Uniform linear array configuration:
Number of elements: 48
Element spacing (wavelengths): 1
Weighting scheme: exponential
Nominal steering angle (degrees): -60
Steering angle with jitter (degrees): -59.516
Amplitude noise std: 0.05
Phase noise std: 0.05

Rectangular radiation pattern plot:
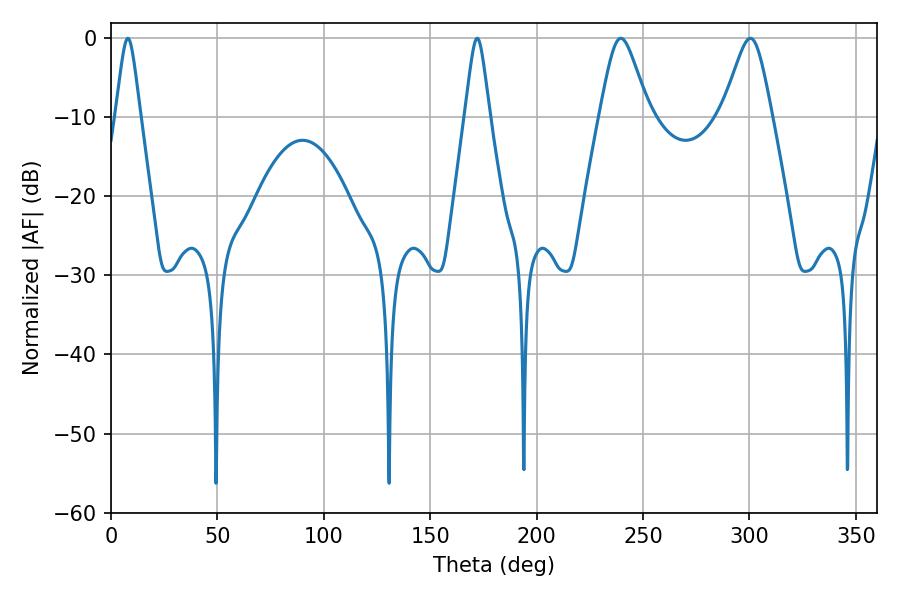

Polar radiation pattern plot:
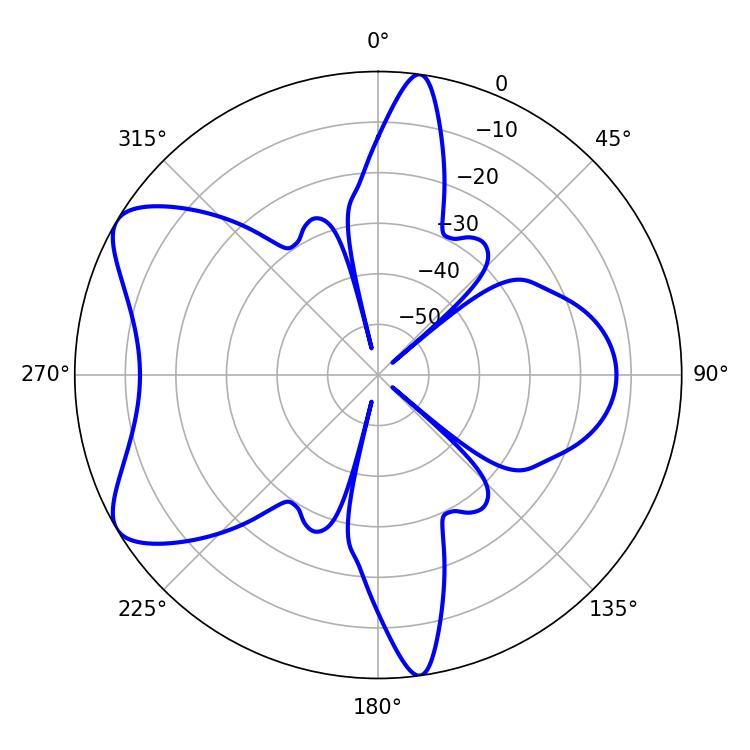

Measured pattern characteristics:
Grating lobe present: TRUE
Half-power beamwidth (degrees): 5.4
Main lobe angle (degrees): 7.92